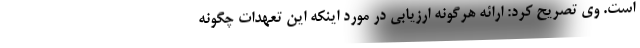
است. وی تصریح کرد: ارائه هرگونه ارزیابی در مورد اینکه این تعهدات چگونه